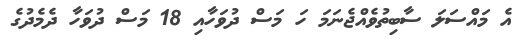
އެ މައްސަލަ ސާބިތުވެއްޖެނަމަ ހަ މަސް ދުވަހާއި 18 މަސް ދުވަހާ ދެމެދުގެ